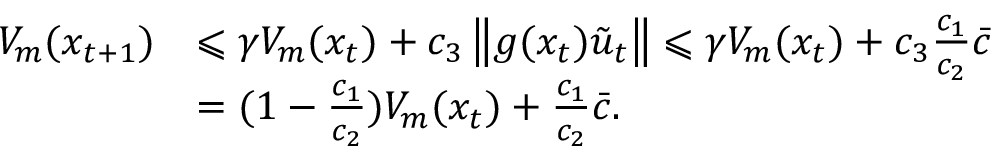
\begin{array} { r l } { V _ { m } ( x _ { t + 1 } ) } & { \leqslant \gamma V _ { m } ( x _ { t } ) + c _ { 3 } \left\| g ( x _ { t } ) \tilde { u } _ { t } \right\| \leqslant \gamma V _ { m } ( x _ { t } ) + c _ { 3 } \frac { c _ { 1 } } { c _ { 2 } } \bar { c } } \\ & { = ( 1 - \frac { c _ { 1 } } { c _ { 2 } } ) V _ { m } ( x _ { t } ) + \frac { c _ { 1 } } { c _ { 2 } } \bar { c } . } \end{array}